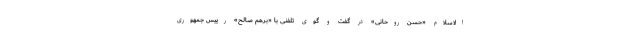
الاسلام «حسن روحانی» در گفت و گوی تلفنی با «برهم صالح» رییس جمهوری